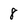
Character: 8